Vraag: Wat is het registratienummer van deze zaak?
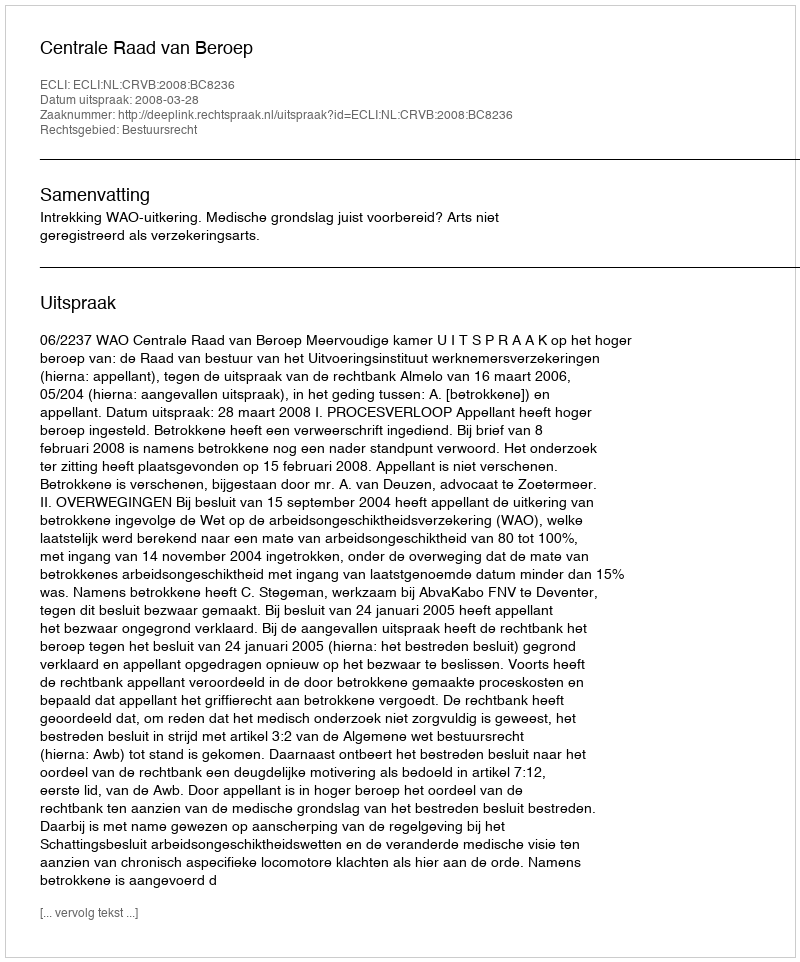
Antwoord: http://deeplink.rechtspraak.nl/uitspraak?id=ECLI:NL:CRVB:2008:BC8236